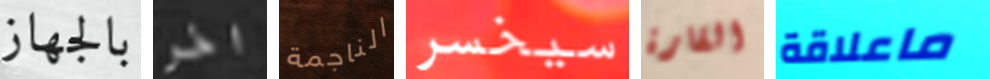
بالجهاز اخر الناجمة سيخسر القارة ماعلاقة